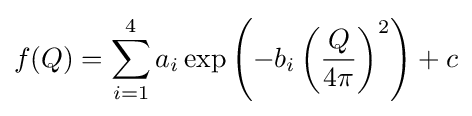
f(Q)=\sum _{i=1}^{4}a_{i}\exp \left(-b_{i}\left({\frac {Q}{4\pi }}\right)^{2}\right)+c